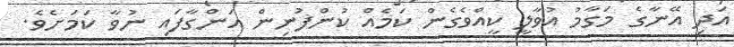
އަދި އޭނާގެ މަގާމު އުވާލީ ކީއްވެގެން ކަމެއް ކުންފުނިން އަންގާފައި ނުވާ ކަމަށެވެ.